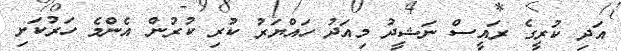
އަދި ކުރީގެ ރައީސް ނަޝީދު މިއަދު ހައްޔަރު ކުރި ކުރުން އެންމެ ހަރުކަށި